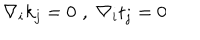
\nabla _ { i } k _ { j } = 0 \, \, , \, \, \nabla _ { i } t _ { j } = 0